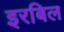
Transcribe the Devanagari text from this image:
इरबिल